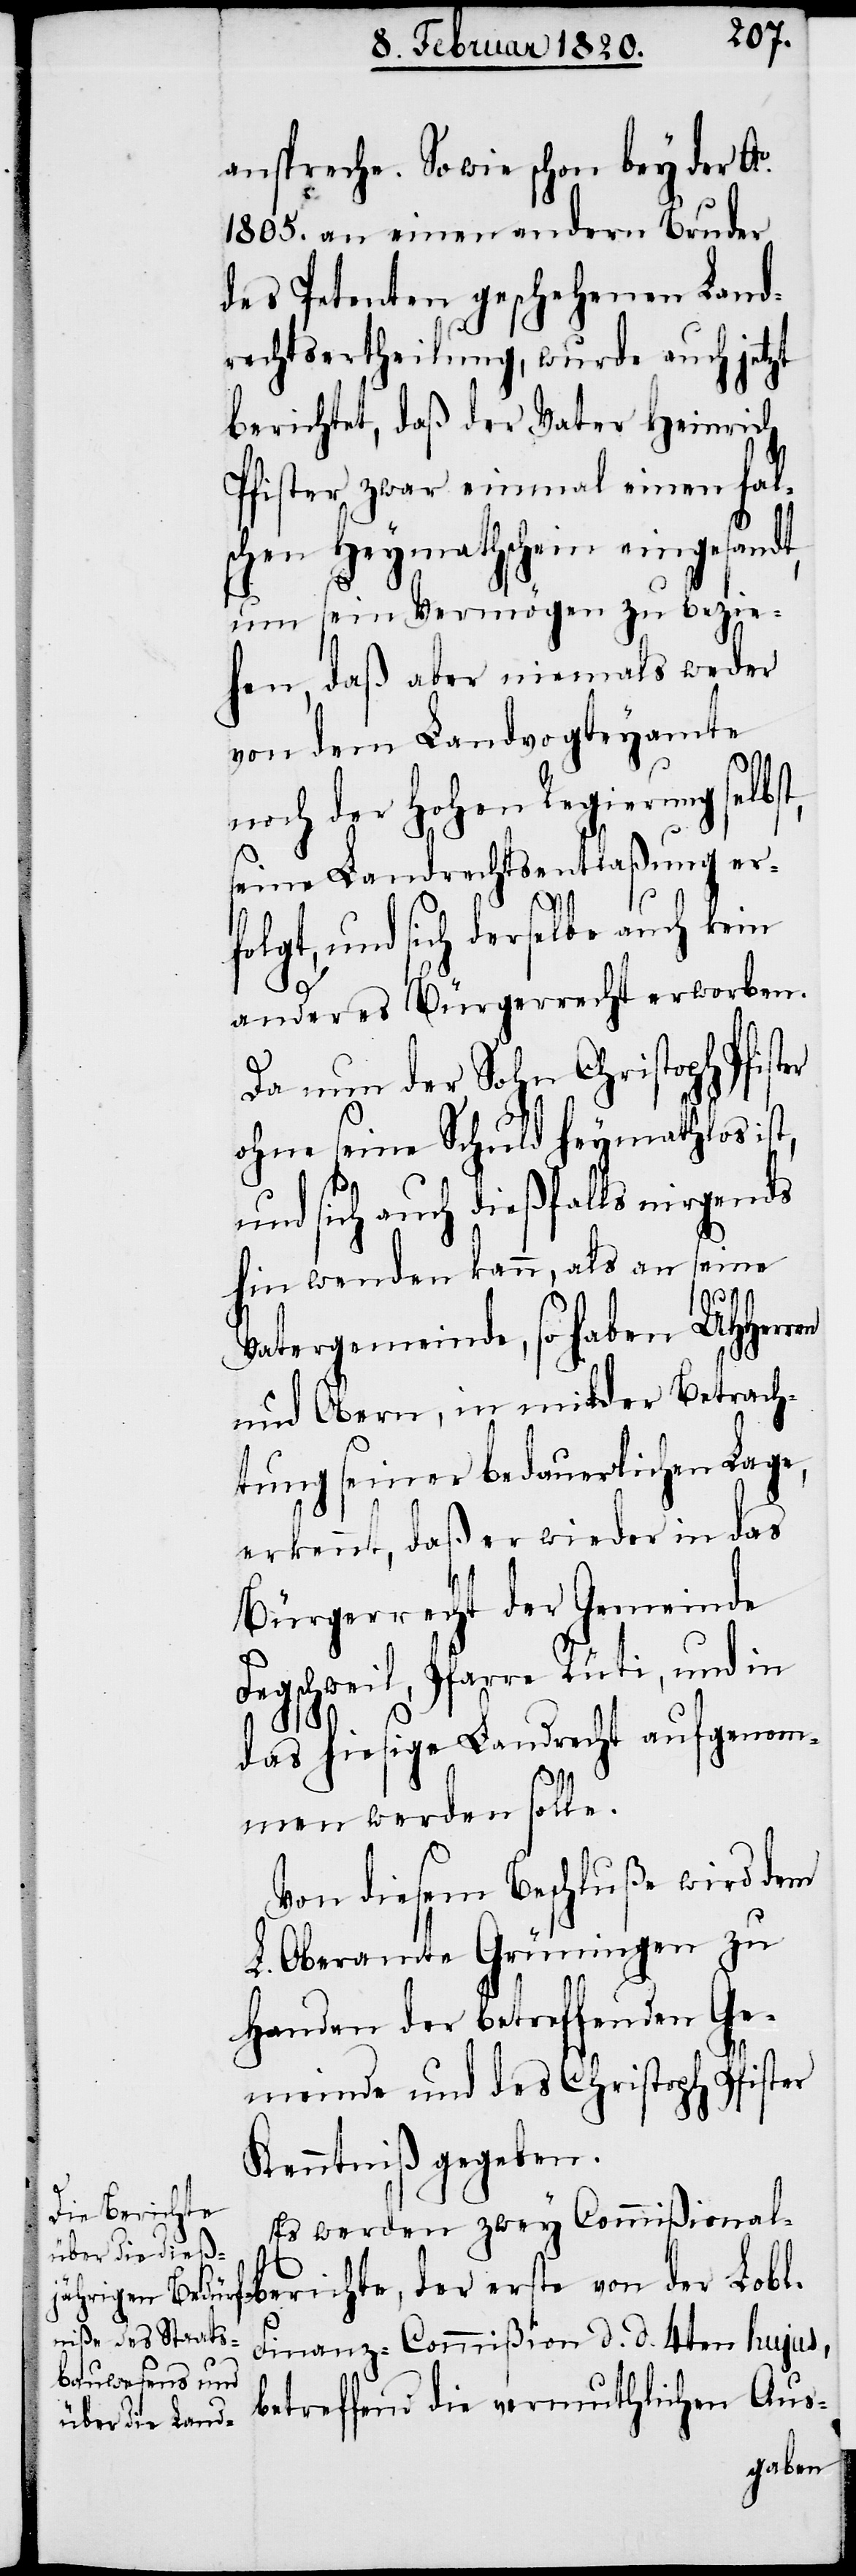
anspreche. So wie schon bey der A¬
o.1805. an einen andern Bruder
des Petenten geschehenen Land¬
rechtsertheilung, wurde auch jetzt
berichtet, daß der Vater Heinrich
Pfister zwar einmal einen fal¬
schen Heymathschein eingesandt,
um sein Vermögen zu bezie¬
hen, daß aber niemals weder
von dem Landvogteyamte
noch der Hohen Regierung
seine Landrechtsentlaßung er¬
folgt, und sich derselbe auch kein
anderes Bürgerrecht erworben.
Da nun der Sohn Christoph Pfister
ohne seine Schuld heymathlos ist,
und sich auch dießfalls nirgends
hin wenden kann, als an seine
Vatergemeinde, so haben UHHerren
und Obern, in milder Betrach¬
tung seiner bedauerlichen Lage,
erkennt, daß er wieder in das
Bürgerrecht der Gemeinde
Fegschweil, Pfarre Rüti, und in
das hiesige Landrecht aufgenom¬
men werden solle.
Von diesem Beschluße wird dem
L. Oberamte Grüningen zu
Handen der betreffenden Ge¬
meinde und des Christoph Pfister
Kenntniß gegeben.
Es werden zwey Commißional¬
berichte, der erste von der Lobl.
Finanz-Commißion d. d. 4ten hujus,
betreffend die vermuthlichen Aus-